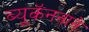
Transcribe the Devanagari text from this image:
ब्यूकॅननाने